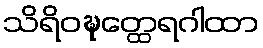
သိရိဝဍ္ဎတ္ထေရဂါထာ